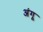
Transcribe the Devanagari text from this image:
अंगू